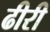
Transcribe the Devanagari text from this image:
ढीरी